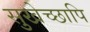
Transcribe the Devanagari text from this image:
सुखेच्छापि